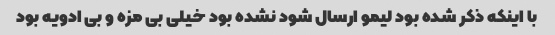
با اینکه ذکر شده بود لیمو ارسال شود نشده بود خیلی بی مزه و بی ادویه بود